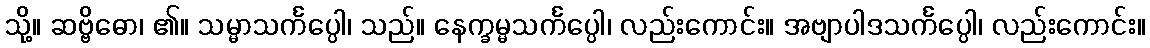
သို့။ ဆဗ္ဗိဓော၊ ၏။ သမ္မာသင်္ကပ္ပေါ၊ သည်။ နေက္ခမ္မသင်္ကပ္ပေါ၊ လည်းကောင်း။ အဗျာပါဒသင်္ကပ္ပေါ၊ လည်းကောင်း။